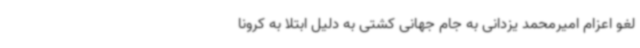
لغو اعزام امیرمحمد یزدانی به جام جهانی کشتی به دلیل ابتلا به کرونا